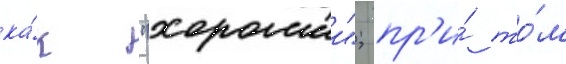
ка́к "хорошии"; пр'и́ то́м